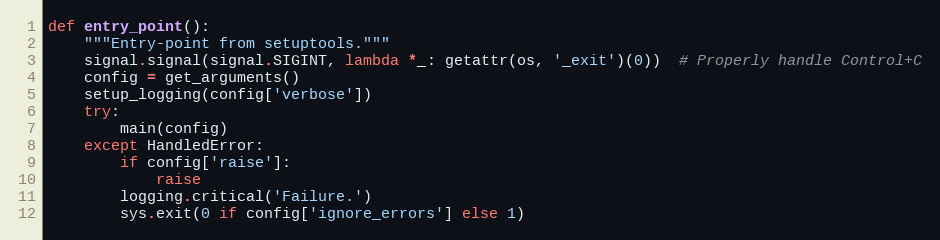
Language: Python
def entry_point():
    """Entry-point from setuptools."""
    signal.signal(signal.SIGINT, lambda *_: getattr(os, '_exit')(0))  # Properly handle Control+C
    config = get_arguments()
    setup_logging(config['verbose'])
    try:
        main(config)
    except HandledError:
        if config['raise']:
            raise
        logging.critical('Failure.')
        sys.exit(0 if config['ignore_errors'] else 1)